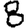
Digit: 8